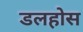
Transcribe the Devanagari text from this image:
डलहोस